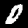
Label: 0